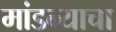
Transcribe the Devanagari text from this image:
मांडन्याचा